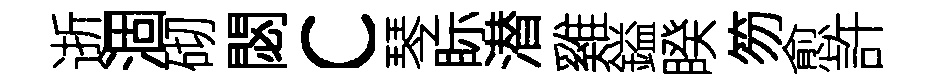
逝涸砌閟c琴眎潜雞鎰睽笏愈許